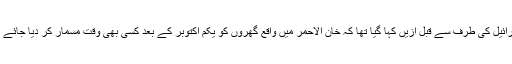
اسرائیل کی طرف سے قبل ازیں کہا گیا تھا کہ خان الاحمر میں واقع گھروں کو یکم اکتوبر کے بعد کسی بھی وقت مسمار کر دیا جائے گا۔